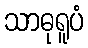
သာဓုရူပံ